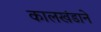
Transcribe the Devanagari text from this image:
कालखंडाने